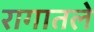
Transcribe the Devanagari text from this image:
रागातले